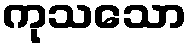
ကုသသော